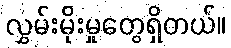
လွှမ်းမိုးမှုတွေရှိတယ်။